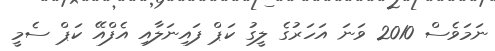
ނަމަވެސް 2010 ވަނަ އަހަރުގެ ލީގު ކަޕް ފައިނަލާއި އެފްއޭ ކަޕް ސެމީ